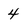
Character: 4